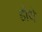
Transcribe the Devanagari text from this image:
होथे